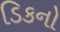
ડિકનો